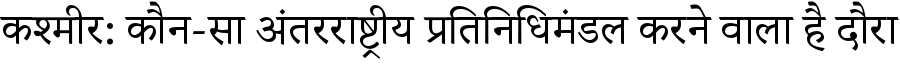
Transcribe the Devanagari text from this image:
कश्मीर: कौन-सा अंतरराष्ट्रीय प्रतिनिधिमंडल करने वाला है दौरा